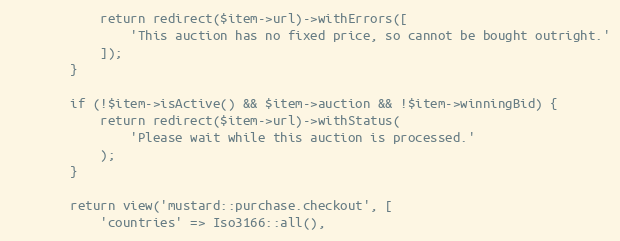
Language: PHP
            return redirect($item->url)->withErrors([
                'This auction has no fixed price, so cannot be bought outright.'
            ]);
        }

        if (!$item->isActive() && $item->auction && !$item->winningBid) {
            return redirect($item->url)->withStatus(
                'Please wait while this auction is processed.'
            );
        }

        return view('mustard::purchase.checkout', [
            'countries' => Iso3166::all(),